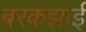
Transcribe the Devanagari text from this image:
बरकझाई